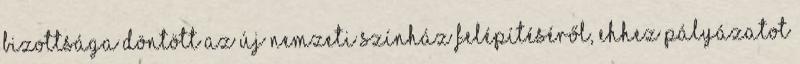
Bizottsága döntött az új Nemzeti Színház felépítéséről, ehhez pályázatot